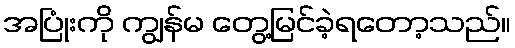
အပြုံးကို ကျွန်မ တွေ့မြင်ခဲ့ရတော့သည်။